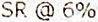
SR @ 6%